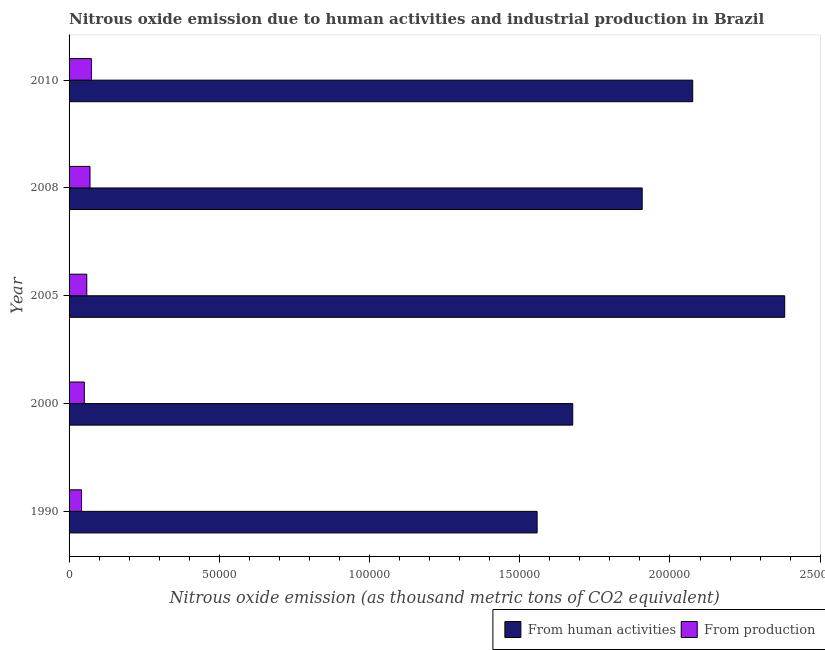
| Year | From human activities | From production |
 | --- | --- | --- |
 | 1990 | 1.56e+05 | 4.14e+03 |
 | 2000 | 1.68e+05 | 5.07e+03 |
 | 2005 | 2.38e+05 | 5.9e+03 |
 | 2008 | 1.91e+05 | 6.97e+03 |
 | 2010 | 2.08e+05 | 7.44e+03 |